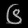
Digit: ၆